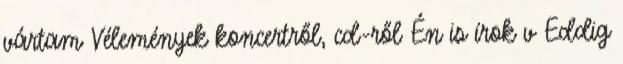
vártam Vélemények koncertről, cd-ről Én is írok v Eddig